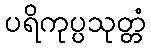
ပရိကုပ္ပသုတ္တံ